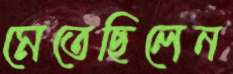
মেতেছিলেন